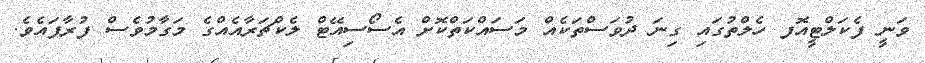
ވަނީ ފެކަލްޓީއޮފ ހެލްތުގައި ގިނަ ދުވަސްތަކެއް މަސައްކަތްކޮށް އެސޯސިއޭޓް ލެކްޗަރާއެއްގެ މަގާމުވެސް ފުރާފައެވެ.